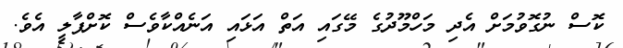
ކޮސް ނުގޮވުމަށް އެދި މަހްމޫދުގެ މޭގައި އަތް އަޅައި އަނެއްކާވެސް ކޮށްޕާލީ އެވެ.